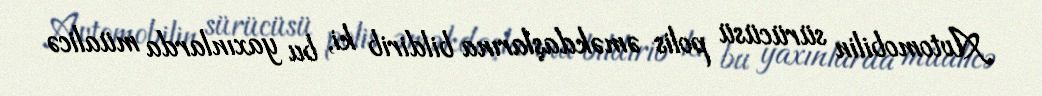
Avtomobilin sürücüsü polis əməkdaşlarına bildirib ki, bu yaxınlarda müalicə